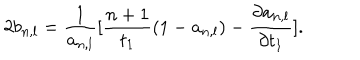
LaTeX: 2 b _ { n , l } = \frac { 1 } { a _ { n , l } } [ \frac { n + 1 } { t _ { 1 } } ( 1 - a _ { n , l } ) - \frac { \partial a _ { n , l } } { \partial t _ { 1 } } ] .